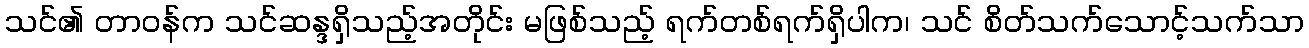
သင်၏ တာဝန်က သင်ဆန္ဒရှိသည့်အတိုင်း မဖြစ်သည့် ရက်တစ်ရက်ရှိပါက၊ သင် စိတ်သက်သောင့်သက်သာ